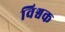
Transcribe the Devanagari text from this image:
विश्वक